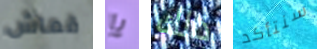
قماش يا ذالك سنتأكد